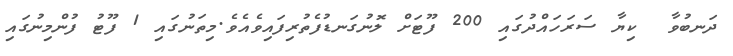
ދަނބުވާ  ކިޔާ ސަރަހައްދުގައި 200 ފޫޓަށް ލޮނުގަނޑުފެތުރިފައިވެއެވެ.މިތަނުގައި 1 ފޫޓު ފުންމިނުގައި